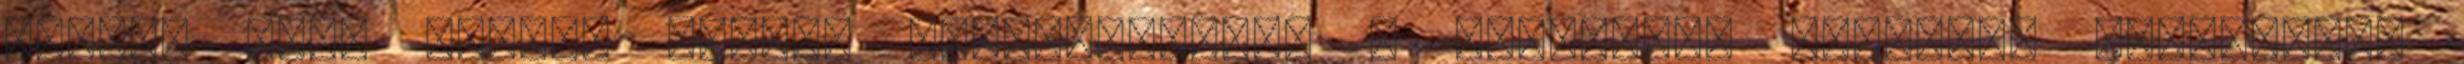
azonos vagy eltérő kémiai felépítésűek. A keletkező oligomer szerkezeti